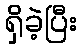
ရှိခဲ့ပြီး